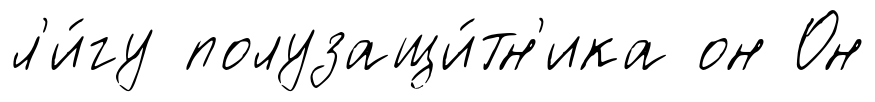
л'и́гу полузащи́тн'ика он Он